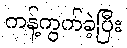
ကန့်ကွက်ခဲ့ပြီး